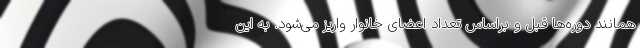
همانند دوره‌ها قبل و براساس تعداد اعضای خانوار واریز می‌شود. به این